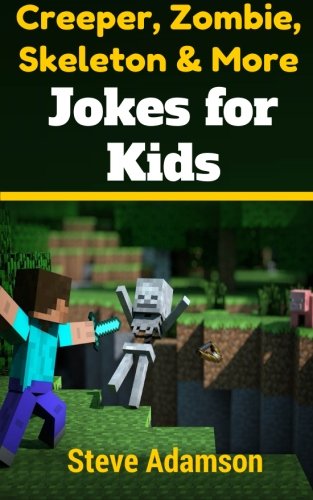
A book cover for Creeper, Zombie, Skeleton and More Jokes for Kids; Steve Adamson; Children's Books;